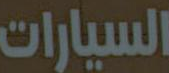
السيارات